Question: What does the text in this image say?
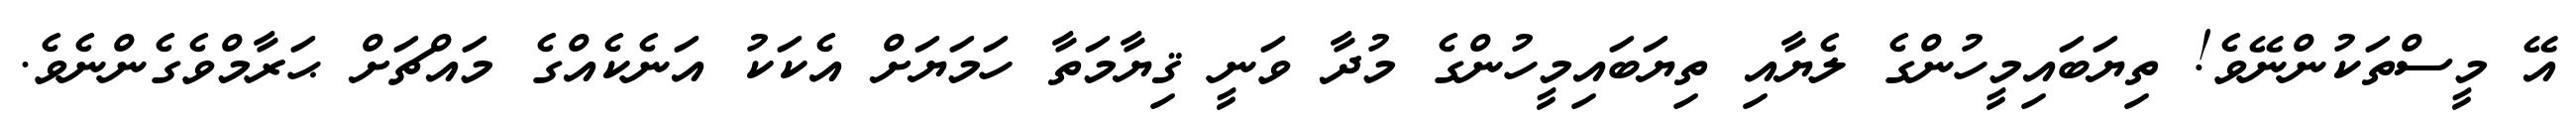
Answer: އޭ މީސްތަކުންނޭވެ! ތިޔަބައިމީހުންގެ ލެޔާއި ތިޔަބައިމީހުންގެ މުދާ ވަނީ ޤިޔާމަތާ ހަމަޔަށް އެކަކު އަނެކެއްގެ މައްޗަށް ޙަރާމްވެގެންނެވެ.